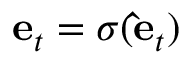
\mathbf { e } _ { t } = \sigma ( \mathbf { \hat { e } } _ { t } )